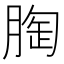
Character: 𮌚